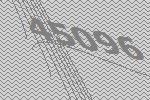
45096